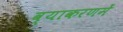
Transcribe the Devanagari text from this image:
व्याकरणमें